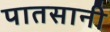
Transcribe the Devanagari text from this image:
पातसानी